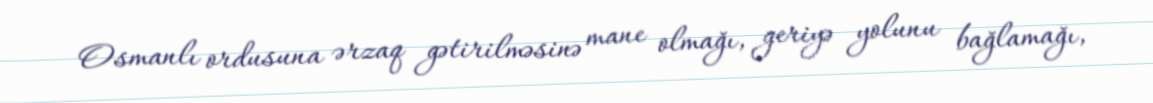
Osmanlı ordusuna ərzaq gətirilməsinə mane olmağı, geriyə yolunu bağlamağı,